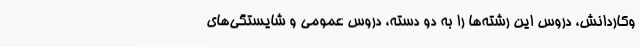
وکاردانش، دروس این رشته‌ها را به دو دسته، دروس عمومی و شایستگی‌های